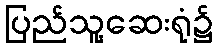
ပြည်သူ့ဆေးရုံ၌